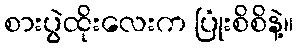
စားပွဲထိုးလေးက ပြုံးစိစိနဲ့။